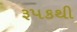
રૂપકથી